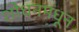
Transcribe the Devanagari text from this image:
शोधनमधून